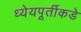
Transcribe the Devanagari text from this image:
ध्येयपूर्तीकडे